Lock hospitals Punjab
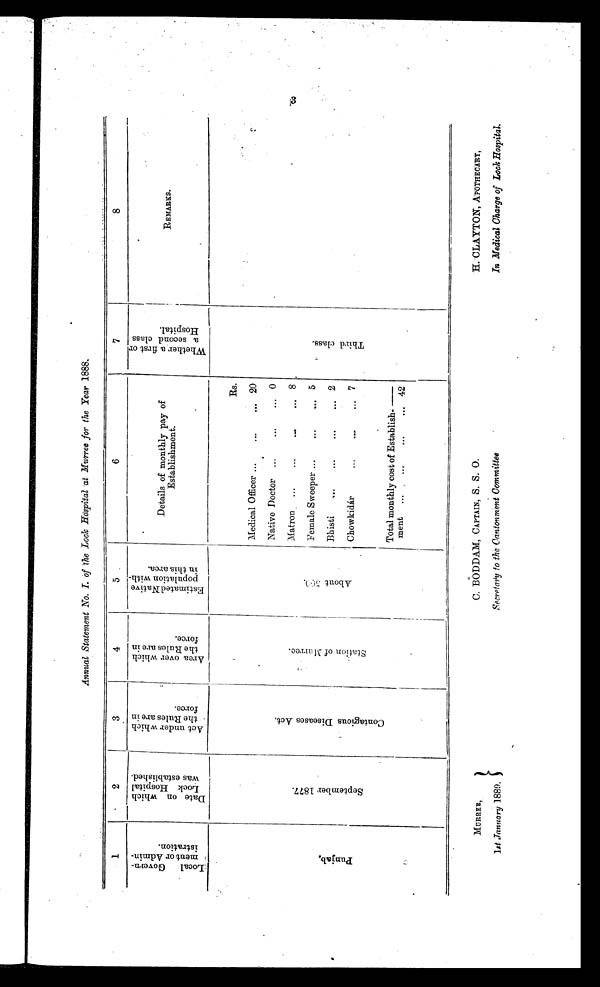
MURREE,
1st January 1889.
C. BODDAM, CAPTAIN, S. S. 0.
Secretary to the Cantonment Committee
H. CLAYTON, APOTHECARY,
In Medical Charge of Lock Hospital.
Annual Statement No. I. of the Lock Hospital at Murree for the Year 1888.
1
2
3
4
5
6
7
8
L o c a l G o v e r n m e n t o r A d m i n i s t r a t i o n .
D a t e o n w h i c h L o c k H o s p i t a l w a s e s t a b l i s h e d .
A c t u n d e r w h i c h t h e R u l e s a r e i n f o r c e .
A r e a o v e r w h i c h t h e R u l e s a r e i n f o r c e .
E s t i m a t e d N a t i v e p o p u l a t i o n w i t h i n t h i s a r e a .
Details of monthly pay of
Establishment.
W h e t h e r a f i r s t o r a s e c o n d c l a s s H o s p i t a l .
REMARKS.
P u n j a b .
S e p t e m b e r 1 8 7 7 .
C o n t a g i o u s D i s e a s e s A c t .
S t a t i o n o f M u r r e e .
A b o u t 5 0 0 .
Rs.
T h i r d c l a s s .
Medical Officer
20
Native Doctor
0
Matron
8
Female Sweeper
Bhi
sti
2
Chowkidár
7
Total monthly cost of Establish
ment
42